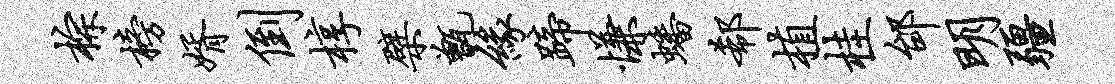
棕榜婿倒椁檗甑缘蹄慊蟠欷植桂邰明疆